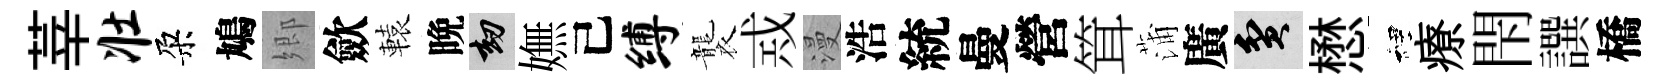
莘壮朶鳩郷歛轅晩劫嫵己缚襲𢦶漫浩統曼營䇯蒲廣貧懋裡療閇譔橋